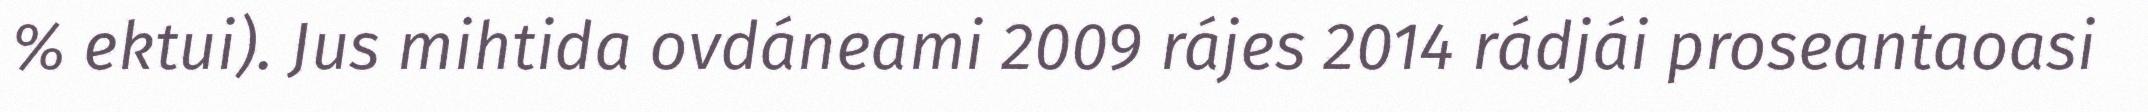
% ektui). Jus mihtida ovdáneami 2009 rájes 2014 rádjái proseantaoasi